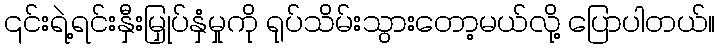
၎င်းရဲ့ရင်းနှီးမြှုပ်နှံမှုကို ရုပ်သိမ်းသွားတော့မယ်လို့ ပြောပါတယ်။